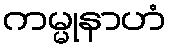
ကမ္မုနာဟံ